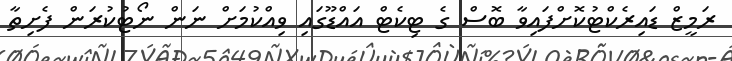
ރަމީޒް ޑައިރެކްޓުކޮށްފައިވާ ބޮސް ގެ ޓިކެޓް އައްޑޫގައި ވިއްކުމަށް ނަން ނޯޓުކުރަން ފެށިތާ